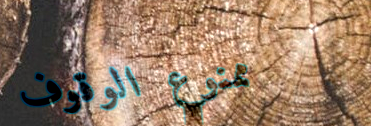
ممنوع الوقوف